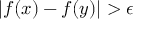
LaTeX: | f ( x ) - f ( y ) | > \epsilon